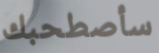
سأصطحبك